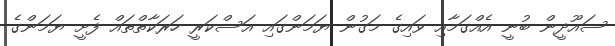
ސައޫދީން ބުނީ އެއްގަމާއި ވައިގެ މަގުން ޔަމަންގައި އަސްކަރީ ހަރަކާތްތައް ފެށީ ޔަމަންގެ